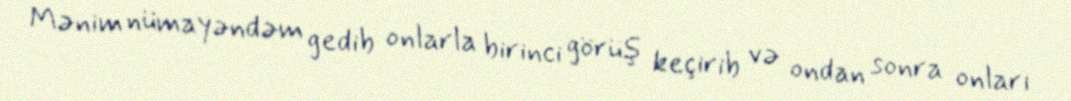
Mənim nümayəndəm gedib onlarla birinci görüş keçirib və ondan sonra onları